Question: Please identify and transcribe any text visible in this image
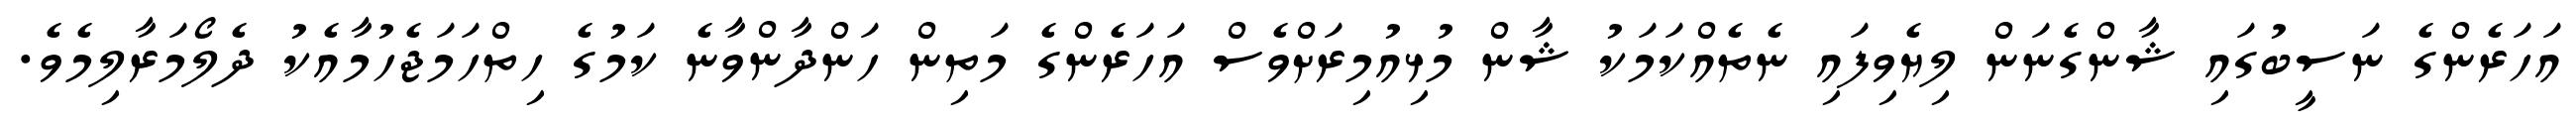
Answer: އަހަރެންގެ ނަސީބުގައި ޝާންގެނަން ލިޔެވިފައި ނެތެއްކަމަކު ޝާން މުޅިއުމިރަށްވެސް އަހަރެންގެ މަތިން ހަންދާންވާނެ ކަމުގެ ހިތްހަމަޖެހުމާއެކު ދެލޯމަރާލިމެވެ.